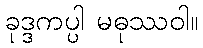
ခုဒ္ဒကပ္ပါ မဓုဿဝါ။